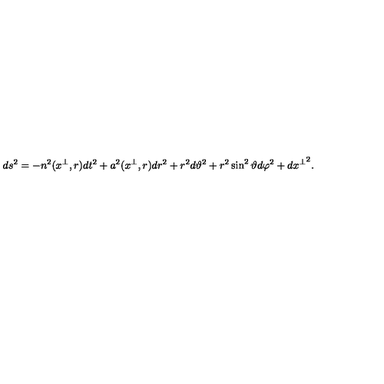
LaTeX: d s ^ { 2 } = - n ^ { 2 } ( x ^ { \perp } , r ) d t ^ { 2 } + a ^ { 2 } ( x ^ { \perp } , r ) d r ^ { 2 } + r ^ { 2 } d \vartheta ^ { 2 } + r ^ { 2 } \sin ^ { 2 } \vartheta d \varphi ^ { 2 } + d { x ^ { \perp } } ^ { 2 } .